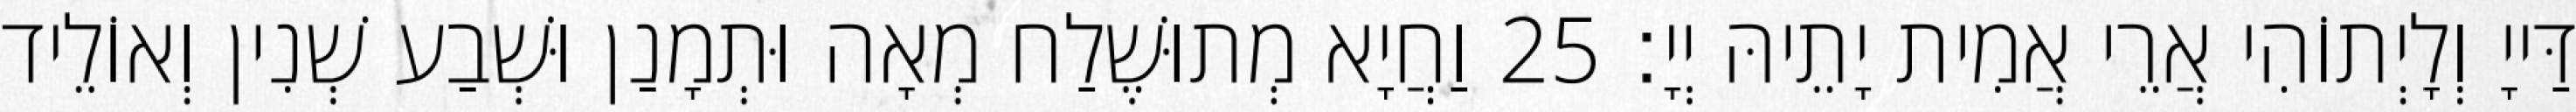
דַּייָ וְלָיְתוֹהִי אֲרֵי אֲמִית יָתֵיהּ יְיָ׃ 25 וַחֲיָא מְתוּשֶׁלַח מְאָה וּתְמָנַן וּשְׁבַע שְׁנִין וְאוֹלֵיד